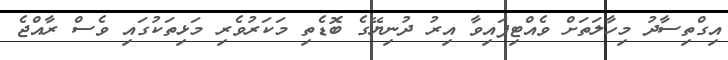
އިގްތިސާދު މިހާލަތަށް ވެއްޓިފައިވާ އިރު ދުނިޔޭގެ ބޮޑެތި މަކަރުވެރި މަޅިތަކުގައި ވެސް ރާއްޖެ